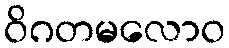
ဝိဂတမလောဝ